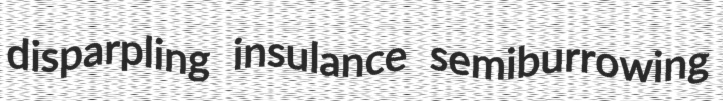
disparpling insulance semiburrowing